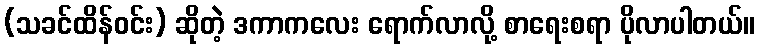
(သခင်ထိန်ဝင်း) ဆိုတဲ့ ဒကာကလေး ရောက်လာလို့ စာရေးစရာ ပိုလာပါတယ်။